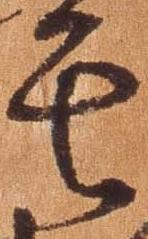
其